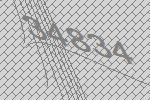
34834